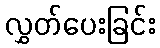
လွှတ်ပေးခြင်း